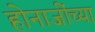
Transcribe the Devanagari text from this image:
होनाजींच्या